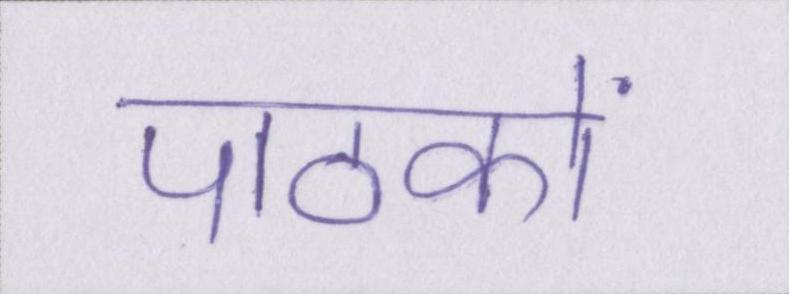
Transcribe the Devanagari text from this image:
पाठकों